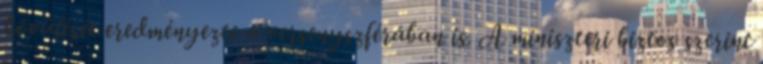
bővülését eredményezte a versenyszférában is. A miniszteri biztos szerint